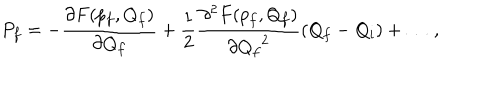
P _ { f } = - \frac { \partial F ( p _ { f } , Q _ { f } ) } { \partial Q _ { f } } + \frac { 1 } { 2 } \frac { \partial ^ { 2 } F ( p _ { f } , Q _ { f } ) } { \partial { Q _ { f } } ^ { 2 } } ( Q _ { f } - Q _ { i } ) + \ldots \, ,